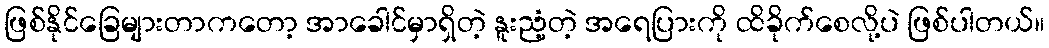
ဖြစ်နိုင်ခြေများတာကတော့ အာခေါင်မှာရှိတဲ့ နူးညံ့တဲ့ အရေပြားကို ထိခိုက်စေလို့ပဲ ဖြစ်ပါတယ်။